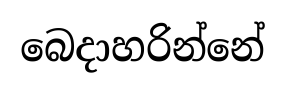
බෙදාහරින්නේ